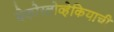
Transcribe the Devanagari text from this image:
चेकोस्लोव्हेकियाची